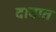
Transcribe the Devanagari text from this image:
दावात